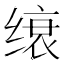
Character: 缞